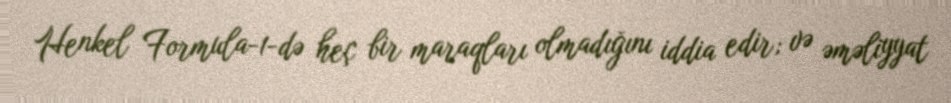
Henkel Formula-1-də heç bir maraqları olmadığını iddia edir; və əməliyyat